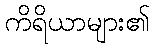
ကိရိယာများ၏